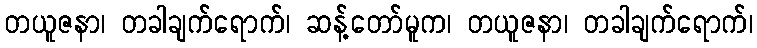
တယူဇနာ၊ တခါချက်ရောက်၊ ဆန့်တော်မူက၊ တယူဇနာ၊ တခါချက်ရောက်၊